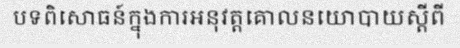
បទពិសោធន៍ក្នុងការអនុវត្តគោលនយោបាយស្តីពី